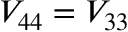
V _ { 4 4 } = V _ { 3 3 }